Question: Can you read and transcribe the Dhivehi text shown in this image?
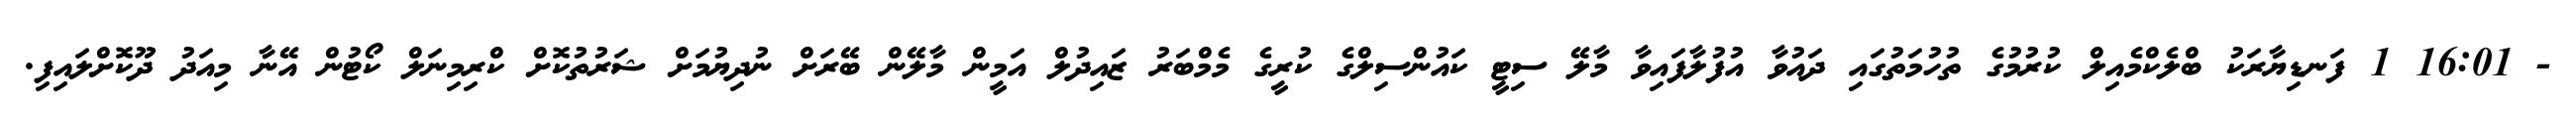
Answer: - 16:01 1 ފަނޑިޔާރަކު ބްލެކްމެއިލް ކުރުމުގެ ތުހުމަތުގައި ދައުވާ އުފުލާފައިވާ މާލޭ ސިޓީ ކައުންސިލްގެ ކުރީގެ މެމްބަރު ޒައިދުލް އަމީން މާލޭން ބޭރަށް ނުދިޔުމަށް ޝަރުތުކޮށް ކްރިމިނަލް ކޯޓުން އޭނާ މިއަދު ދޫކޮށްލައިފި.